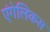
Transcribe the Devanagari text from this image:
एंगेलिकस